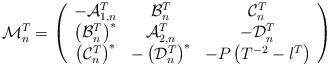
LaTeX: \begin{align*}\mathcal{M}^T_n=\left(\begin{array}{ccc}{-\mathcal{A}^T_{1,n}}&{\mathcal{B}^T_n}&{\mathcal{C}^T_n}\\{\left(\mathcal{B}^T_n\right)^*}&{\mathcal{A}^T_{2,n}}&{-\mathcal{D}^T_n}\\{\left(\mathcal{C}^T_n\right)^*}&{-\left(\mathcal{D}^T_n\right)^*}&{-P\left(T^{-2}-l^T\right)}\end{array}\right)\end{align*}